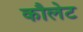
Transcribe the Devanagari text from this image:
कौलेट